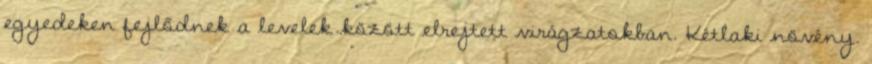
egyedeken fejlődnek a levelek között elrejtett virágzatokban. Kétlaki növény.